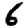
Digit: 6